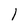
Character: l